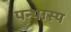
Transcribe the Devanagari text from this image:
पन्थास्य